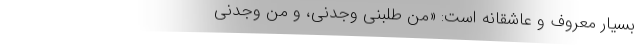
بسیار معروف و عاشقانه است: «مَن طَلَبَنی وَجَدَنی، و مَن وَجَدنی